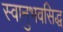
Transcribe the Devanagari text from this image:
स्वानुभवसिद्ध